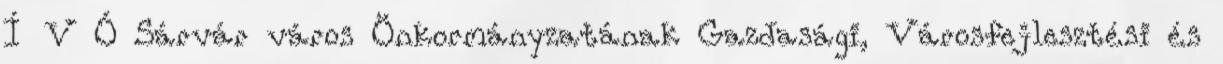
Í V Ó Sárvár város Önkormányzatának Gazdasági, Városfejlesztési és